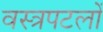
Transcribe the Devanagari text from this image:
वस्त्रपटलों